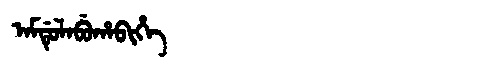
Manchu: ᠠᠮᡩᡠᠯᠠᠪᡠᡥᠠᠪᡳᡥᡝ
Romanization: AMDULABUHABIHE